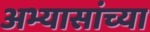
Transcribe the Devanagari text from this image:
अभ्यासांच्या